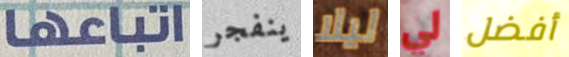
اتباعها ينفجر ليلا لي أفضل